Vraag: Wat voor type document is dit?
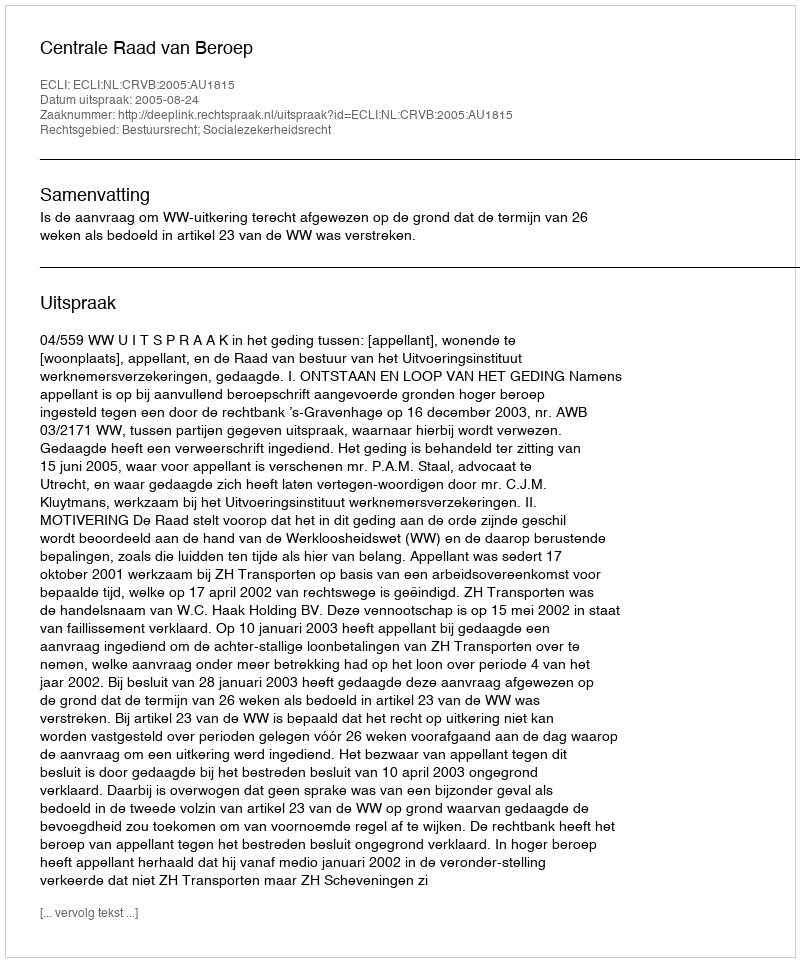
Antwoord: Uitspraak